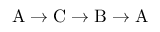
\mathrm { A \to C \to B \to A }